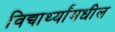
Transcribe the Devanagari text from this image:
विद्यार्थ्यांमधील